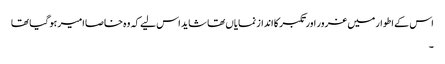
اس کے اطوار میں غرور اور تکبر کا انداز نمایاں تھا شاید اس لیے کہ وہ خاصا امیر ہو گیا تھا
۔